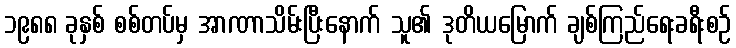
၁၉၈၈ ခုနှစ် စစ်တပ်မှ အာဏာသိမ်းပြီးနောက် သူ၏ ဒုတိယမြောက် ချစ်ကြည်ရေးခရီးစဉ်